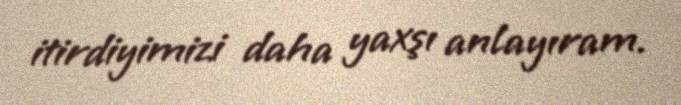
itirdiyimizi daha yaxşı anlayıram.